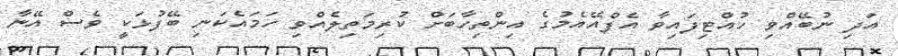
އަދި ނުބޭއްވި ހުއްޓިފައިވާ އެފްއޭއެމުގެ އިންތިހާބަށް ކުރިމަތިލެއްވި ހަމައެކަނި ބޭފުޅަކީ ވެސް އޭނާ